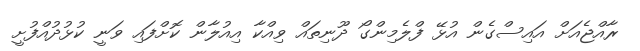
ރާއްޖެއަށް އައިސްގެން އުޅޭ ފްލެމިންގޯ ދޫނިތައް ވިއްކާ އިއުލާން ކޮށްފައި ވަނީ ކުޅުދުއްފުށީ